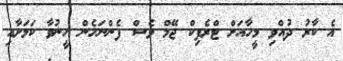
އެ ކާރު ދުއްވި މީހާއަށް ޓްރެފިކް ޖޭމް ވެސް ފެންނަހެން ހީނުވާ ކަމަށާއި